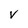
Character: V